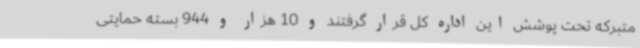
متبرکه تحت پوشش این اداره کل قرار گرفتند و 10 هزار و 944 بسته حمایتی